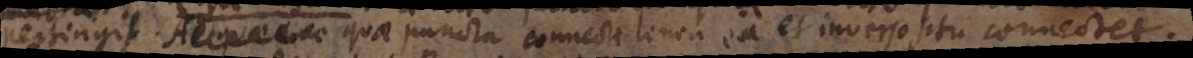
pertingit Aeque _ quae puncta connecta linea ea et inverso situ connectet.